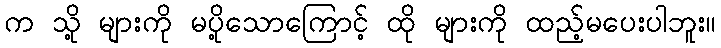
က သို့ များကို မပို့သောကြောင့် ထို များကို ထည့်မပေးပါဘူး။